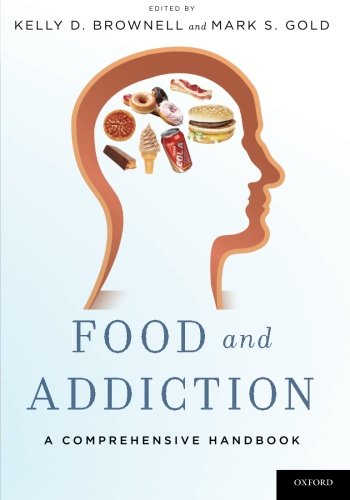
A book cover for Food and Addiction: A Comprehensive Handbook; Self-Help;